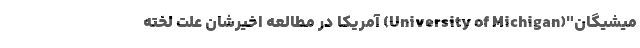
میشیگان"(University of Michigan) آمریکا در مطالعه اخیرشان علت لخته